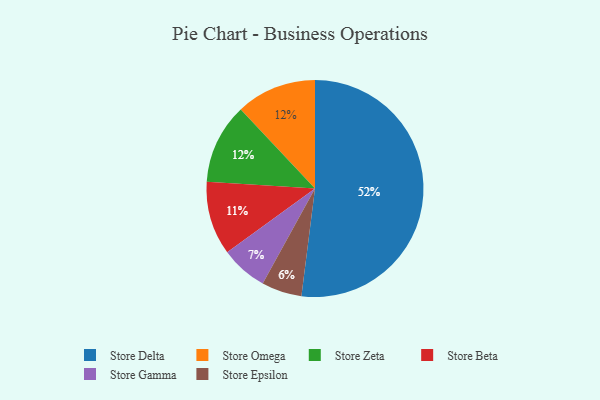
{"axis": {"x": "Category", "y": "Percentage"}, "legend": ["Store Beta", "Store Delta", "Store Epsilon", "Store Gamma", "Store Omega", "Store Zeta"], "data": [{"x": "Store Delta", "y": 52, "type": "Store Delta"}, {"x": "Store Omega", "y": 12, "type": "Store Omega"}, {"x": "Store Gamma", "y": 7, "type": "Store Gamma"}, {"x": "Store Zeta", "y": 12, "type": "Store Zeta"}, {"x": "Store Beta", "y": 11, "type": "Store Beta"}, {"x": "Store Epsilon", "y": 6, "type": "Store Epsilon"}]}